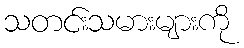
သတင်းသမားများကို